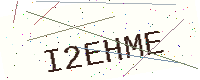
Text: I2EHME